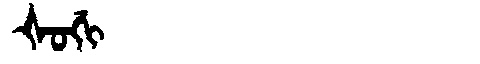
Manchu: ᡧᠣᡤᡳ
Romanization: ŠOGI